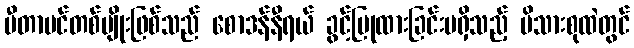
ဗီတာမင်တစ်မျိုးဖြစ်သည် စောဒန်နီရယ် ခွင့်ပြုထားခြင်းမရှိသည့် မိသားစုထဲတွင်